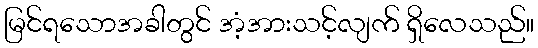
မြင်ရသောအခါတွင် အံ့အားသင့်လျက် ရှိလေသည်။